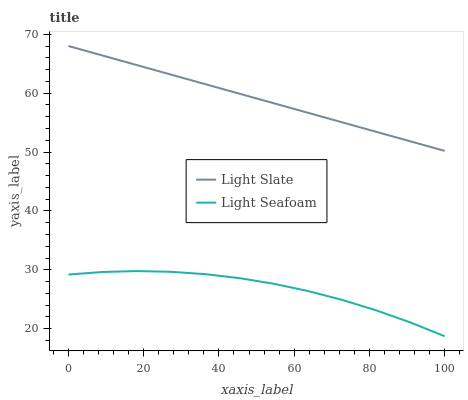
| xaxis_label | Light Slate | Light Seafoam |
 | --- | --- | --- |
 | 0 | 68 | 29.2 |
 | 9.09 | 66.4 | 29.6 |
 | 18.2 | 64.8 | 29.8 |
 | 27.3 | 63.1 | 29.7 |
 | 36.4 | 61.5 | 29.3 |
 | 45.5 | 59.9 | 28.6 |
 | 54.5 | 58.3 | 27.6 |
 | 63.6 | 56.7 | 26.4 |
 | 72.7 | 55.1 | 24.9 |
 | 81.8 | 53.4 | 23.1 |
 | 90.9 | 51.8 | 21.1 |
 | 100 | 50.2 | 18.7 |